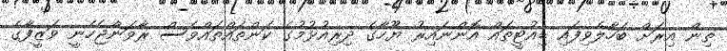
ތިން އިރަށް ބަހާލެވިފައި ޑިއުޓީތައް އޮންނައިރު ޔޫހާގެ ދިރިއުޅުމުގެ ކަންތައްތައްވެސް ރާވަންޖެހެނީ ވަޒީފާގެ